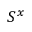
S ^ { x }